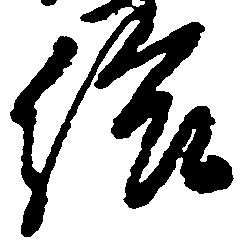
給